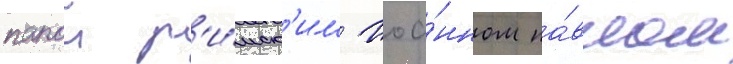
папои р'и́мск'им иоа́нном па́влом